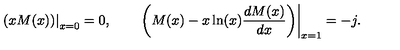
\left. \left( x M ( x ) \right) \right| _ { x = 0 } = 0 , \qquad \left. \left( M ( x ) - x \ln ( x ) \frac { d M ( x ) } { d x } \right) \right| _ { x = 1 } = - j .